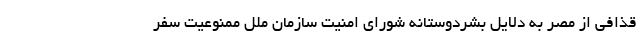
قذافی از مصر به دلایل بشردوستانه شورای امنیت سازمان ملل ممنوعیت سفر